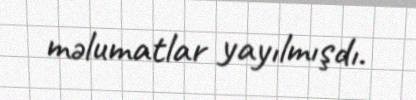
məlumatlar yayılmışdı.